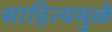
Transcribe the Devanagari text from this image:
साहित्यमुळे